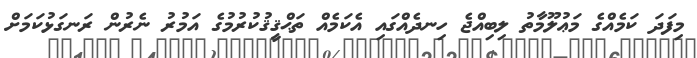
މިފަދަ ކަމެއްގެ މަޢުލޫމާތު ލިބިއްޖެ ހިނދެއްގައި އެކަމެއް ތަޙްޤީޤުކުރުމުގެ އަމުރު ނެރުން ރަނގަޅުކަމަށް